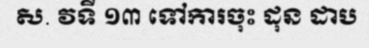
ស. វទី ១៣ ទៅការចុះ ដុន ដាប